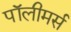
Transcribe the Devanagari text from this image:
पॉलीमर्स